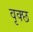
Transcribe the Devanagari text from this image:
वृक्छ